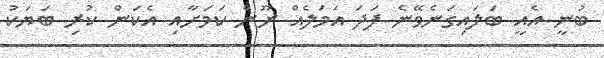
ބުނީ އެއީ ބަލައިގަނެވޭނެ ފަދަ އަމަލެއް ނޫން ކަމަށާއި އެކަން ކުރި ބަޔަކު